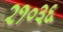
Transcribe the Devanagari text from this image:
२१०३६